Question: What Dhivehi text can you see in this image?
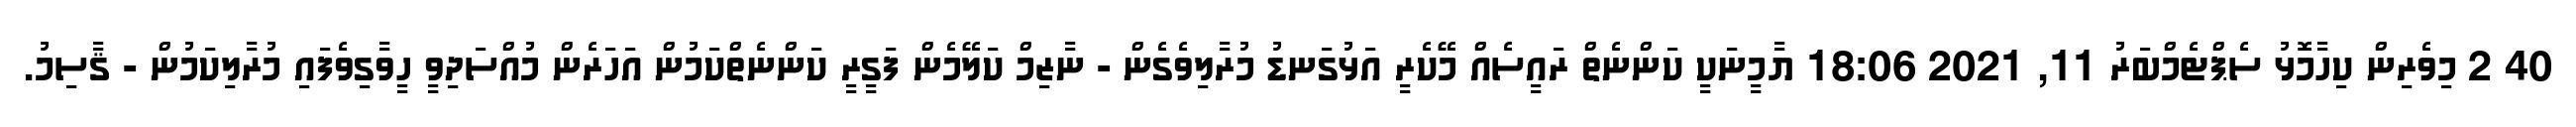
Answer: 40 2 މިވެރިން ކިހާމޮޅު ސެޕްޓެމްބަރު 11, 2021 18:06 ޔާމީނަކީ ކަންނެތް ރައީސެއް މޭކެރީ އަޅުގަނޑު މުރާލިވެގެން - ނާޒިމް ކަލޭމެން ފަގީރީ ކަންނެތްކަމުން އަހަރެން މުއްސަދިވީ ހީވާގިވެފައި މުރާލިކަމުން - ޤާސިމު.